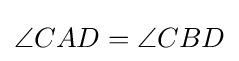
\angle CAD=\angle CBD